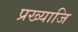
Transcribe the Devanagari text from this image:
प्रख्याजि